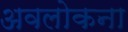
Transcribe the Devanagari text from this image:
अवलोकना